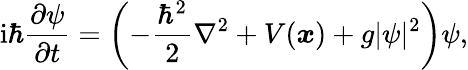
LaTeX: \mathrm{i}\hbar\frac{\partial\psi}{\partial t}=\left(-\frac{\hbar^{2}}{2}\nabla^{2}+V(\boldsymbol{x})+g|\psi|^{2}\right)\psi,